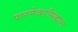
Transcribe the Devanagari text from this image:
पारमेश्वरसिद्धान्त